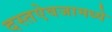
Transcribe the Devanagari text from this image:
दस्तऐवजामध्ये